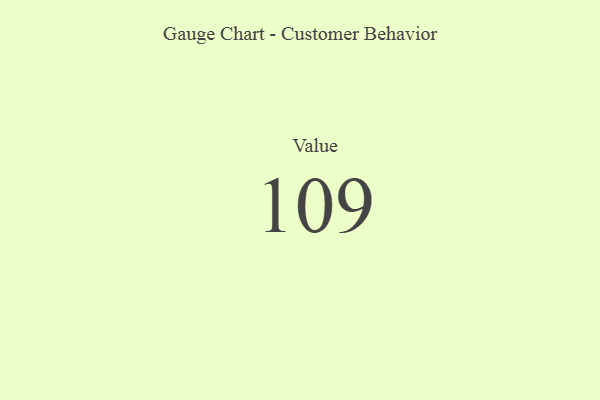
{"axis": {"x": "Metric", "y": "Value"}, "legend": [""], "data": [{"x": "Value", "y": 109, "type": ""}]}